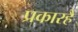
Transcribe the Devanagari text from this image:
प्रकारहैं